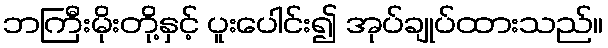
ဘကြီးမိုးတို့နှင့် ပူးပေါင်း၍ အုပ်ချုပ်ထားသည်။